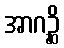
အာဂဉ္ဆိ